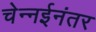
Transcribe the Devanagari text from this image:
चेन्नईनंतर